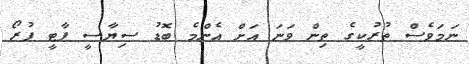
ނަމަވެސް ތުރުކީގެ ތިން ވަނަ އަށް އެންމެ ބޮޑު ސިޔާސީ ޕާޓީ ޕުރޯ